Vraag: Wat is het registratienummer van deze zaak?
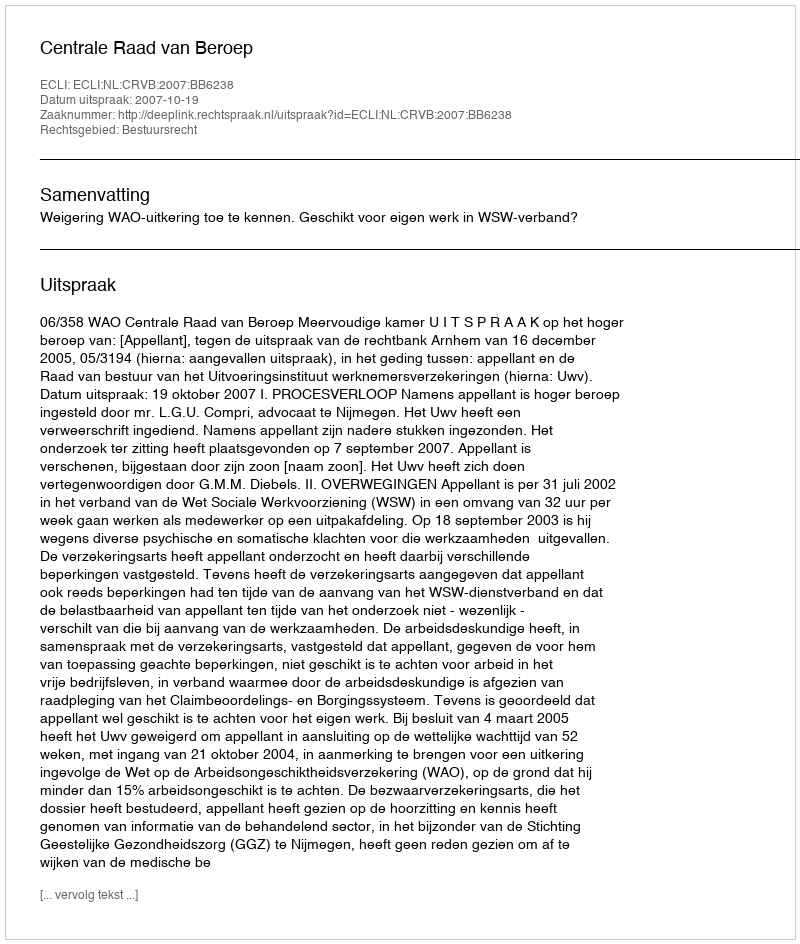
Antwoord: http://deeplink.rechtspraak.nl/uitspraak?id=ECLI:NL:CRVB:2007:BB6238